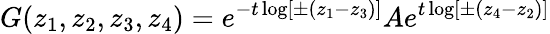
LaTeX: G(z_{1},z_{2},z_{3},z_{4})=e^{-t\log[\pm(z_{1}-z_{3})]}Ae^{t\log[\pm(z_{4}-z_{2})]}